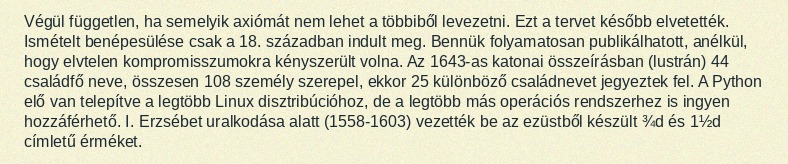
Végül független, ha semelyik axiómát nem lehet a többiből levezetni. Ezt a tervet később elvetették. Ismételt benépesülése csak a 18. században indult meg. Bennük folyamatosan publikálhatott, anélkül, hogy elvtelen kompromisszumokra kényszerült volna. Az 1643-as katonai összeírásban (lustrán) 44 családfő neve, összesen 108 személy szerepel, ekkor 25 különböző családnevet jegyeztek fel. A Python elő van telepítve a legtöbb Linux disztribúcióhoz, de a legtöbb más operációs rendszerhez is ingyen hozzáférhető. I. Erzsébet uralkodása alatt (1558-1603) vezették be az ezüstből készült ¾d és 1½d címletű érméket.